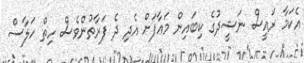
އެކަމާ ރައީސް ނަޝީދުގެ ކިބައިން މަޢާފަށް އެދި ދެ ފަރާތުންވެސް ހިތް ހަލާސް